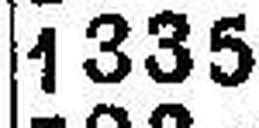
1335